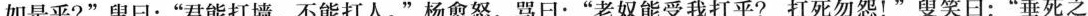
如是乎?”叟日：”君能打墙，不能打人。”杨愈怒，骂日：”老奴能受我打乎?打死勿怨！”叟笑日：”垂死之